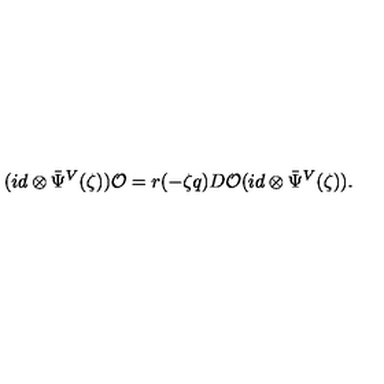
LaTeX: ( i d \otimes { \bar { \Psi } } ^ { V } ( \zeta ) ) { \cal O } = r ( - \zeta q ) D { \cal O } ( i d \otimes { \bar { \Psi } } ^ { V } ( \zeta ) ) .